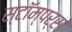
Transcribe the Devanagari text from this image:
स्टॉम्पर्स